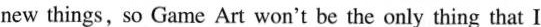
new things, so Game Art won't be the only thing that